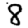
Digit: 8